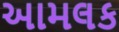
આમલક